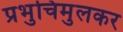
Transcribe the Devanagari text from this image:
प्रभुचिमुलकर